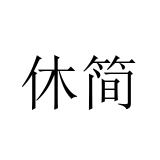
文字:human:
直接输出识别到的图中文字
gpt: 休简